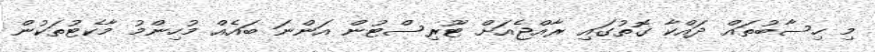
މި ހިސާބުތައް ދައްކާ ގޮތުގައި ރާއްޖެއަށް ޓޫރިސްޓުން އަންނަ ބައެއް މުހިންމު މާކެޓުތަކުން